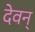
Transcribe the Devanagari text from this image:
देवन्